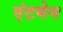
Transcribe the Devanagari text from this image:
एंटमेन